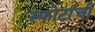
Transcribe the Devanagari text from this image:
स्फोटांची